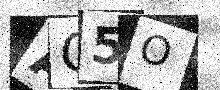
Text: AQ5O